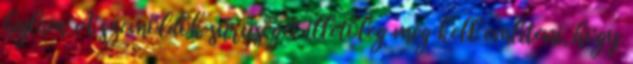
hajlam. A szemöldök sűrűségét illetőleg meg kell említeni, hogy